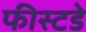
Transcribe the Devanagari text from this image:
फीस्टडे